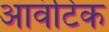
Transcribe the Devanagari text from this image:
आवंटिक